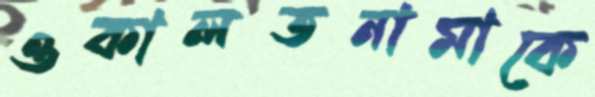
ওকালতনামাকে